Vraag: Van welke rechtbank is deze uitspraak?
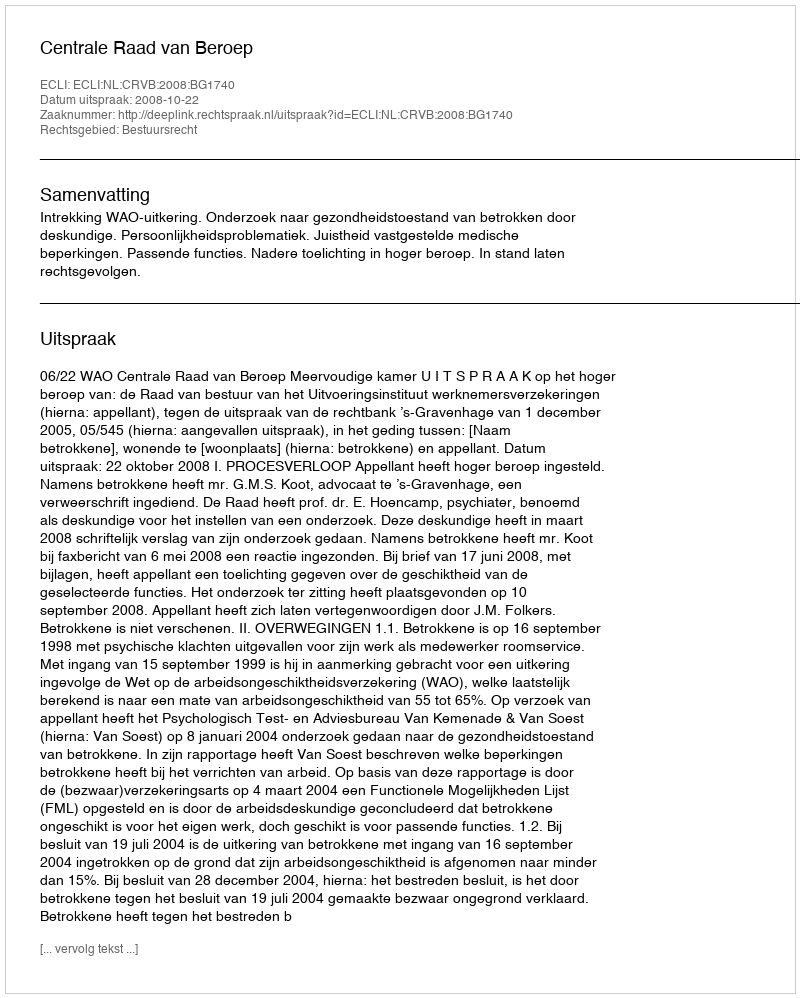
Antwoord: Centrale Raad van Beroep